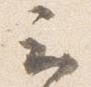
云